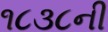
૧૮૩૮ની